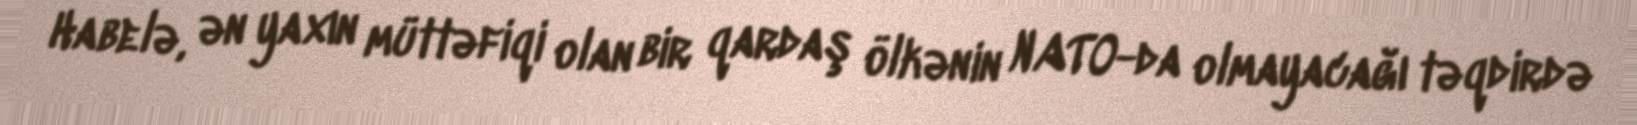
Habelə, ən yaxın müttəfiqi olan bir qardaş ölkənin NATO-da olmayacağı təqdirdə